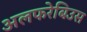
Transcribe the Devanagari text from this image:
अलफरेबिउस